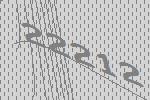
22212